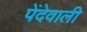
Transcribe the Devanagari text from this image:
पेंदेवाली